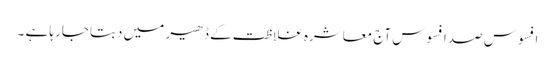
افسوس صد افسوس آج معاشرہ غلاظت کے ڈھیر میں دبتا جارہا ہے ۔